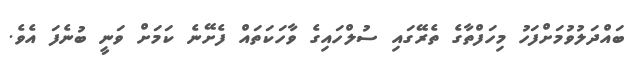
ބައްދަލުވުމަށްފަހު މިހަފްތާގެ ތެރޭގައި ސުލްހައިގެ ވާހަކަތައް ފެށޭނެ ކަމަށް ވަނީ ބުނެފަ އެވެ.